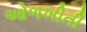
ઓળખીતી